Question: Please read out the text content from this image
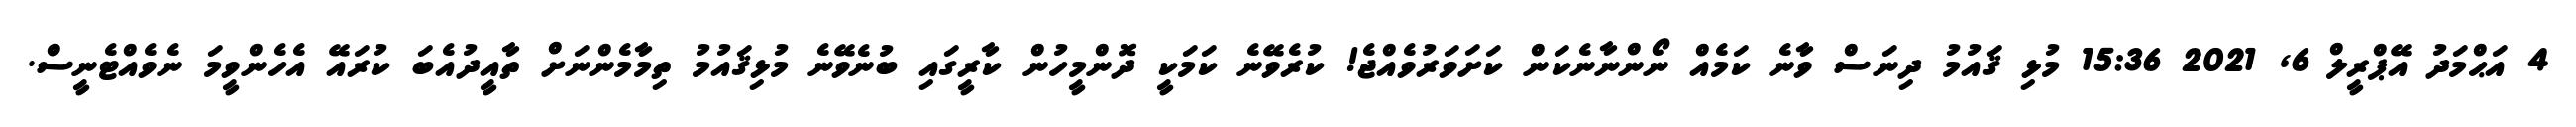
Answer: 4 އަޙްމަދު އޭޕްރީލް 6, 2021 15:36 މުޅި ޤައުމު ދިނަސް ވާނެ ކަމެއް ނޯންނާނެކަން ކަށަވަރުވެއްޖެ! ކުރެވޭނެ ކަމަކީ ދޮންމީހުން ކާރީގައި ބުނެވޭނެ މުޅިޤައުމު ތިމާމެންނަށް ތާއީދުއެބަ ކުރައޭ އެހެންވީމަ ނެވެއްޓެނީސް.